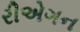
રીએગન